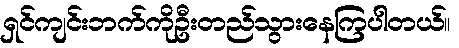
ရှင်ကျင်းဘက်ကိုဦးတည်သွားနေကြပါတယ်။